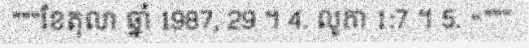
"""ខែតុលា ឆ្នាំ 1987, 29 ។ 4. លូកា 1:7 ។ 5. «"""